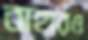
বাহারও